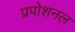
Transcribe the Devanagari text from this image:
प्रपोशनल